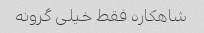
شاهکاره فقط خیلی گرونه